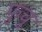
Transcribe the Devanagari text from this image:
फुचु